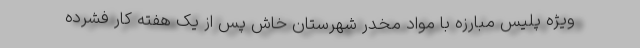
ویژه پلیس مبارزه با مواد مخدر شهرستان خاش پس از یک هفته کار فشرده